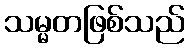
သမ္မတဖြစ်သည်